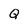
Character: Q